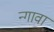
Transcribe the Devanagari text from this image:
न्गावा